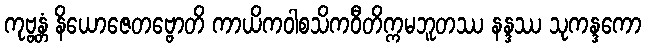
ကုဗ္ဗန္တံ နိယောဇေတဗ္ဗောတိ ကာယိကဝါစသိကဝီတိက္ကမဘူတဿ နန္ဒဿ သုကန္ဒကော